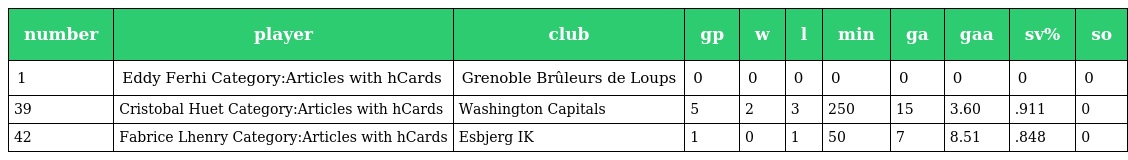
| number | player | club | gp | w | l | min | ga | gaa | sv% | so |
 | --- | --- | --- | --- | --- | --- | --- | --- | --- | --- | --- |
 | 1 | Eddy Ferhi Category:Articles with hCards | Grenoble Brûleurs de Loups | 0 | 0 | 0 | 0 | 0 | 0 | 0 | 0 |
 | 39 | Cristobal Huet Category:Articles with hCards | Washington Capitals | 5 | 2 | 3 | 250 | 15 | 3.60 | .911 | 0 |
 | 42 | Fabrice Lhenry Category:Articles with hCards | Esbjerg IK | 1 | 0 | 1 | 50 | 7 | 8.51 | .848 | 0 |